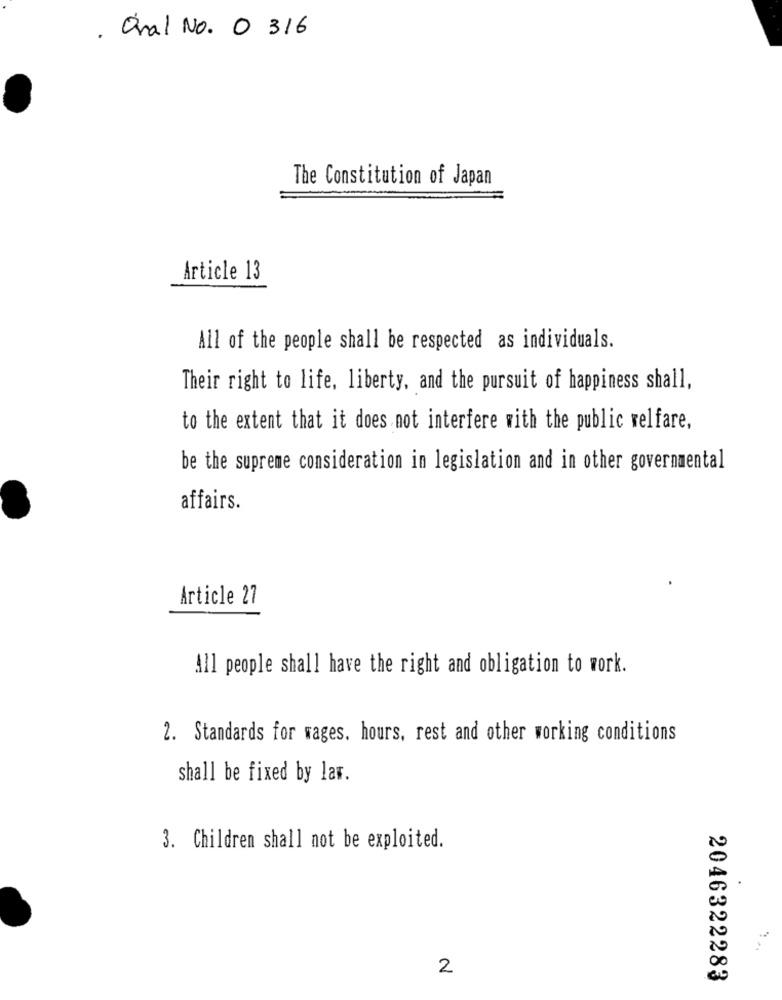
. Oral No. 0 316
The Constitution of Japan
Article 13
All of the people shall be respected as individuals.
Their right to life, liberty, and the pursuit of happiness shall,
to the extent that it does not interfere with the public welfare,
be the supreme consideration in legislation and in other governmental
affairs.
Article 27
All people shall have the right and obligation to work.
2. Standards for wages. hours, rest and other working conditions
shall be fixed by law.
3. Children shall not be exploited.
2
2046322283